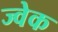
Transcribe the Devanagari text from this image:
ज्वेक